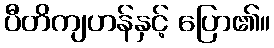
ပီတိကျဟန်နှင့် ပြော၏။